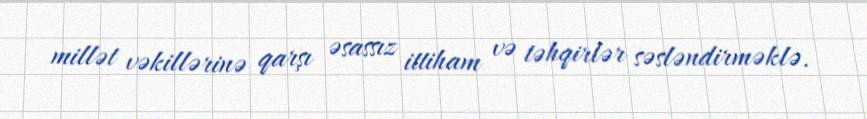
millət vəkillərinə qarşı əsassız ittiham və təhqirlər səsləndirməklə.